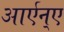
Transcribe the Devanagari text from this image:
आर्एन्ए